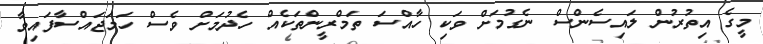
މީގެ އިތުރުން ލައިސެންސް ނެގުމަށް ވަކި ހާއްސަ ތަމްރީންތަކެއް ހެދުމަށް ވެސް ހަމަޖައްސާފައިވާ